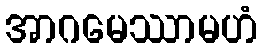
အာဂမေဿာမဟံ